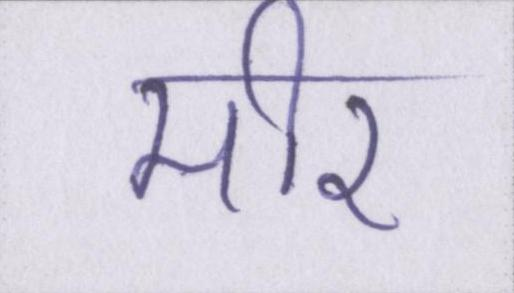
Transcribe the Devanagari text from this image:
मीर